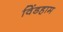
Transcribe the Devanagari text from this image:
विंडहाम